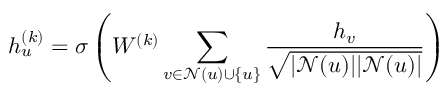
h _ { u } ^ { ( k ) } = \sigma \left( W ^ { ( k ) } \sum _ { v \in \mathcal { N } ( u ) \cup \{ u \} } \frac { h _ { v } } { \sqrt { | \mathcal { N } ( u ) | | \mathcal { N } ( u ) | } } \right)